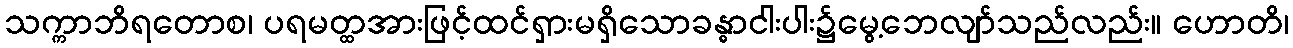
သက္ကာဘိရတောစ၊ ပရမတ္ထအားဖြင့်ထင်ရှားမရှိသောခန္ဓာငါးပါး၌မွေ့ဘေလျာ်သည်လည်း။ ဟောတိ၊